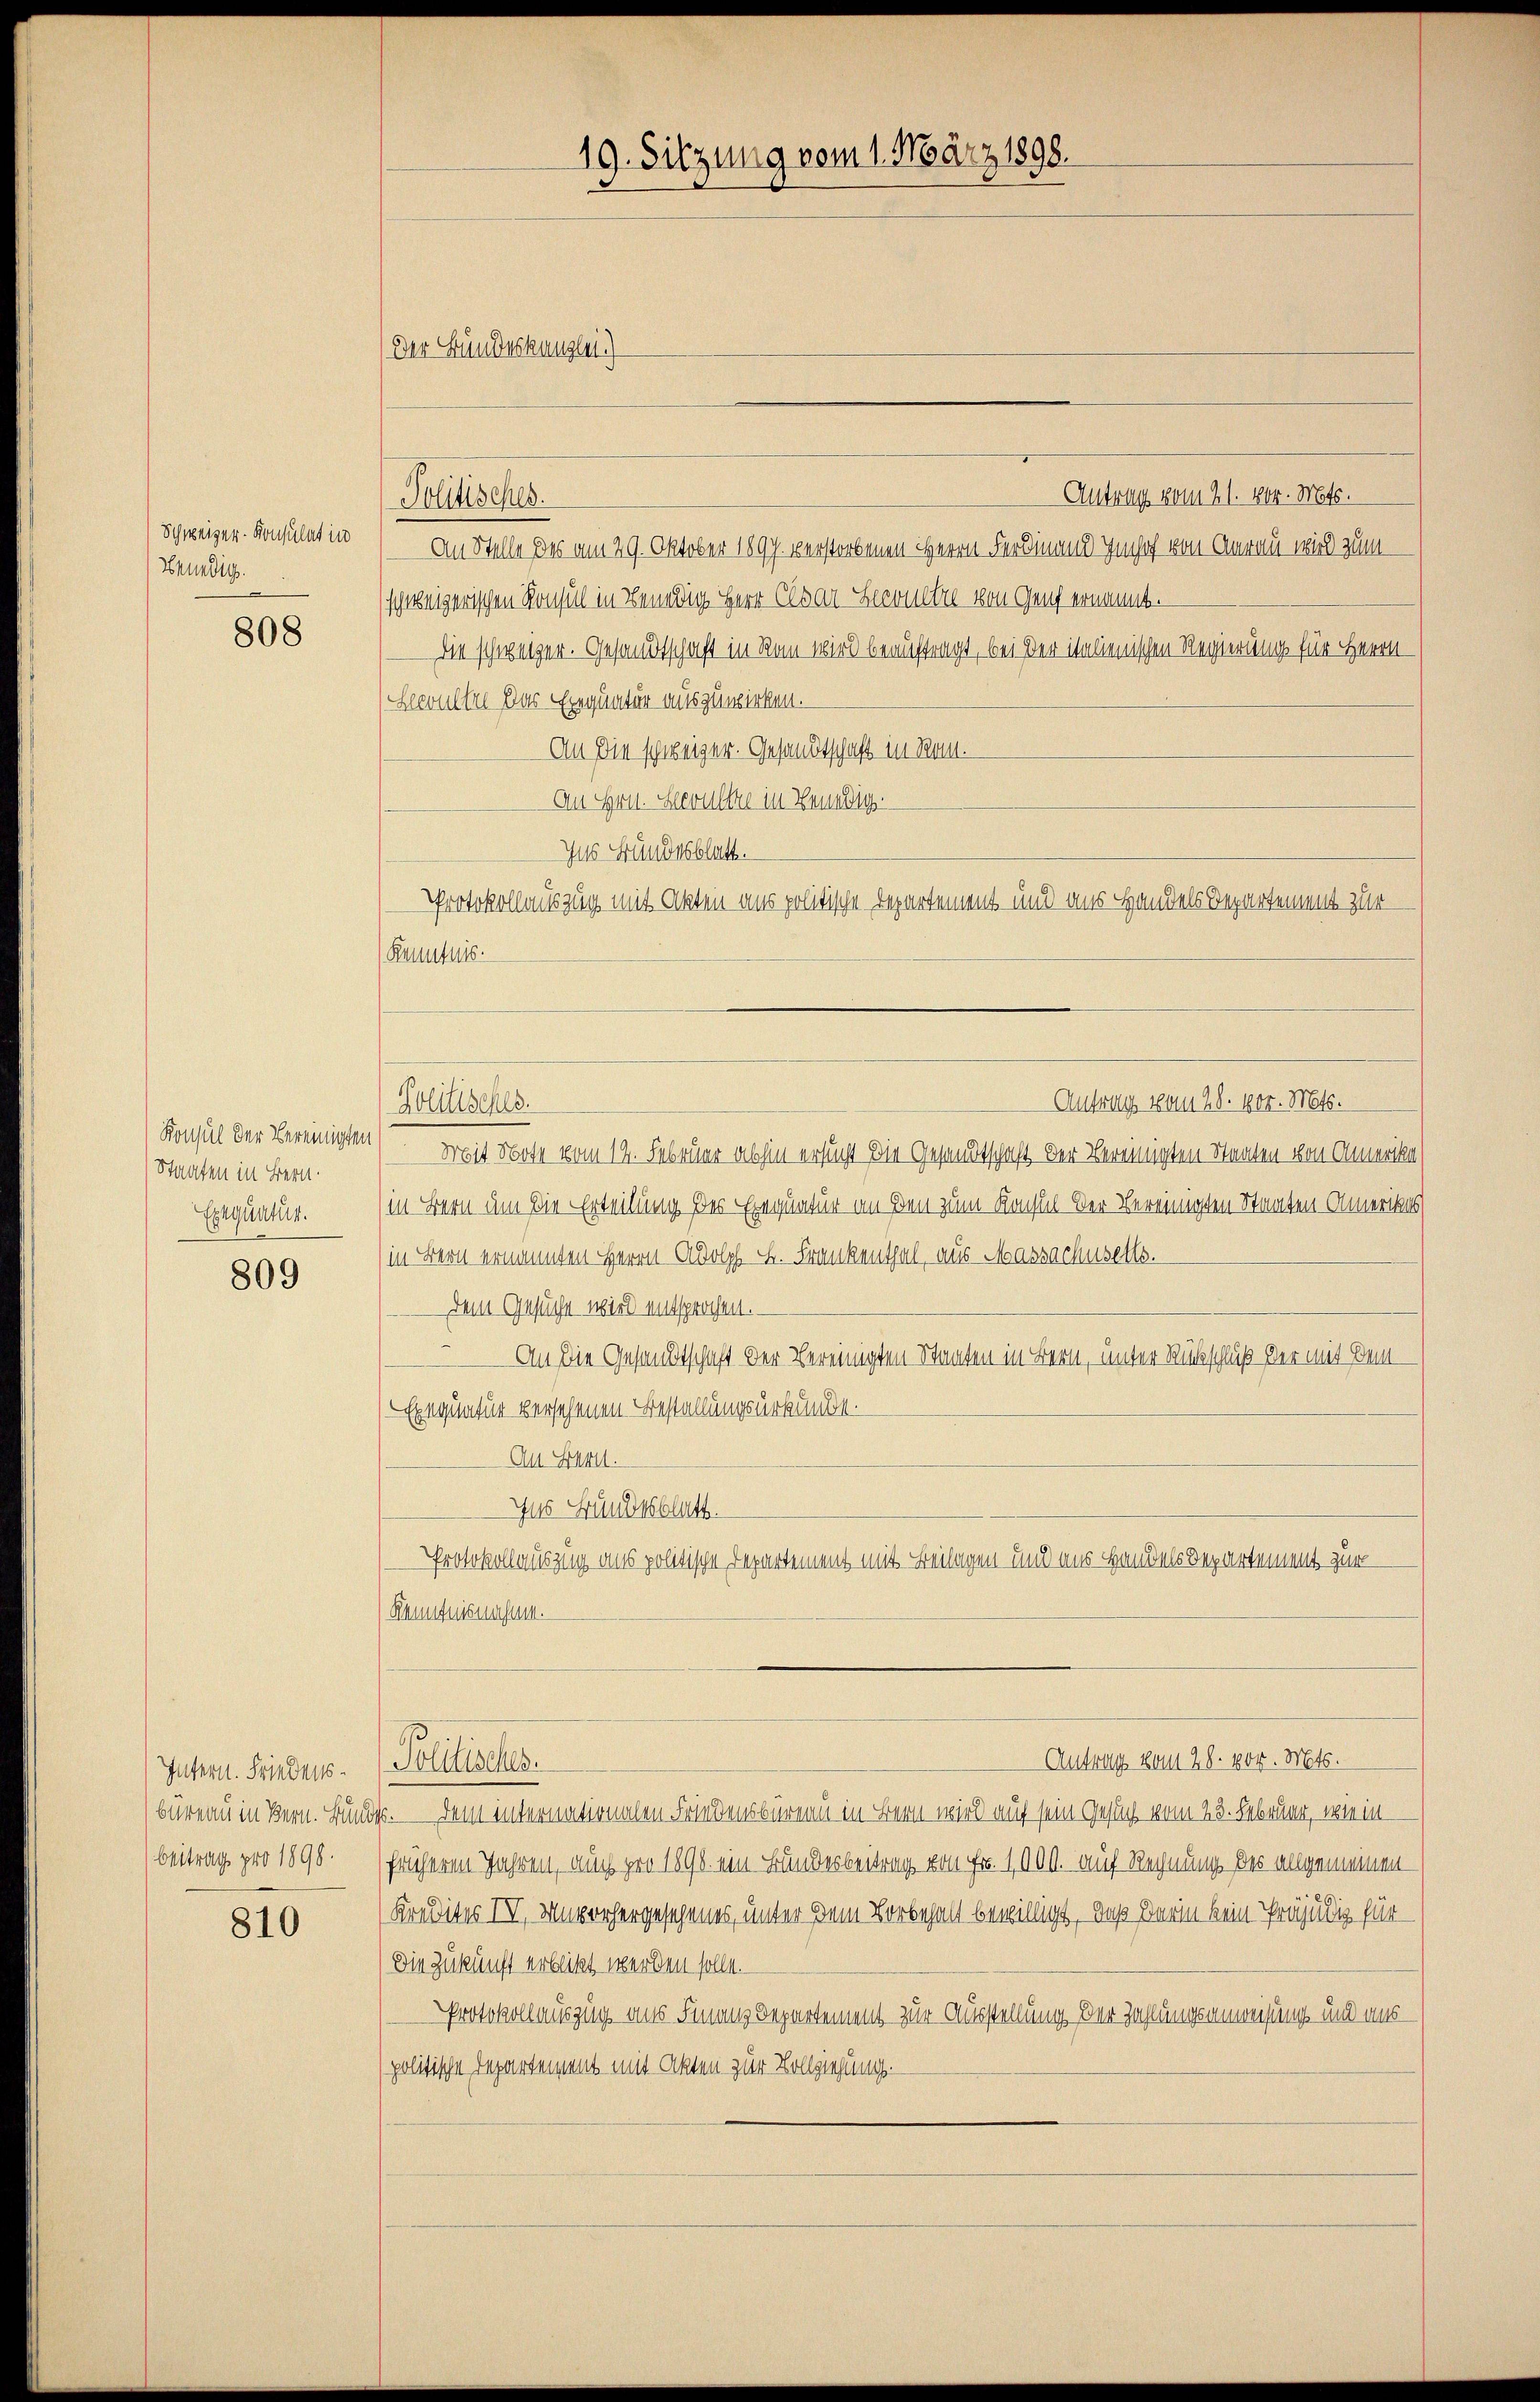
Schweizer-Konsulat in
Beundig.

808

Konsul der Bereinigten
Staaten in Bern.
Exequatur.

809

Intern. Friedensbüreau in Bern. Bund
Beitrag pro 1898.

810

19. Sitzung vom 1. März 1898.
Der Bundeskanzlei.)

Antrag vom 21. 404. Mts.
An Stelle des am 29. Oktober 1897. verstorbenen HHerrn Ferdinand Imhof von Aarau viel zum
schweizerischen Konsul in Benedig Herr Clar Seconetze von Genf ernannt.
die schweizer. Gesandtschaft in Rain wird beauftragt, bei der italienischen Regierung für Herrn
Lewalter das Einquatur auszuwirken.
An die schweizer. Gesandtschaft in Rom.
An Hrn. Herultre in Venedigg.
Ins Bundesblatt.
Protokollauszug mit Akten aus politische Departement und aus Handels Departement zur
Kenntnis.

Politisches.

Politisches.

Mit Bote vom 19. Februar abhin ersucht die Gesandtschaft der Vereinigten Staaten von Amerika
in Bern um die Erteilung des Einquatur an den zum Konsul der Vereinigten Staaten Amerikas
in Bern ernannten Herrn Adolph K. Frankenthal, aus Massachusells.
Dem Gesuche wird entsprochen.
An die Gesandtschaft der vereinigten Staaten in Bern, unter Rückschluß der mit dem¬
Exequatur versehenen Bestallungsurkunde.
An Bern.
Ins Bundesblatt.
Protokollauszug aus politische Departement mit Beilagen und uns Handels Departement zur
Kenntnismusten.
Antrag vom 28. vor. Mts.
Pretisches.
c. Dein intermationalen Friedensbureau in Bern wird auf sein Gesuch vom 23. Februar, wie in
früheren Jahren, auch pro 1898 ein Bundesbeitrag von Fr. 1000. auf Rechnung des allgemeinen
Kredites IV. Unvorhergesehenes, unter dem Vorbehalt bewilligt, daß darin kein Präjudiz für
Die Zukunft erblickt werden solle.
Protokollauszug aus Finanz Departement zur Ausstellung der Zahlungsanweisung und auspolitische Departement mit Akten zur Vollziehung.

Antrag vom 28. vor. Mts.